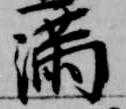
満